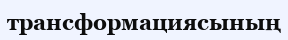
трансформациясының